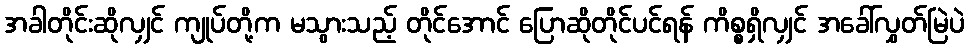
အခါတိုင်းဆိုလျှင် ကျုပ်တို့က မသွားသည့် တိုင်အောင် ပြောဆိုတိုင်ပင်ရန် ကိစ္စရှိလျှင် အခေါ်လွှတ်မြဲပဲ